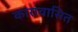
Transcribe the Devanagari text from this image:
कारावासित